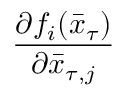
\frac { \partial f _ { i } ( \bar { x } _ { \tau } ) } { \partial \bar { x } _ { \tau , j } }